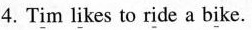
4.T\underline{i}m l\underline{i}kes to r\underline{i}de a b\underline{i}ke.